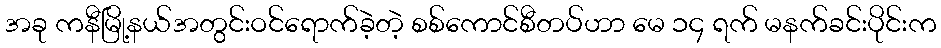
အခု ကနီမြို့နယ်အတွင်းဝင်ရောက်ခဲ့တဲ့ စစ်ကောင်စီတပ်ဟာ မေ ၁၄ ရက် မနက်ခင်းပိုင်းက